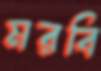
মরবি